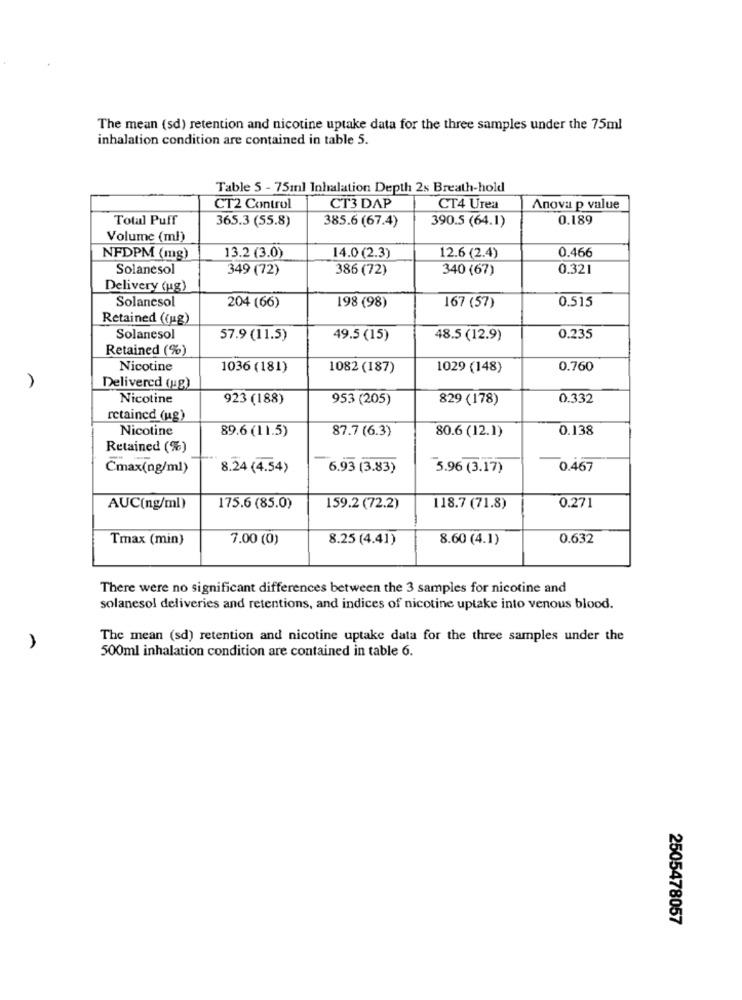
The mean (sd) retention and nicotine uptake data for the three samples under the 75ml
inhalation condition are contained in table 5.
Table 5 - 75ml Inhalation Depth 2s Breath-hold
CT2 Control
CT3 DAP
CT4 Urea
Anova p value
Total Puff
365.3 (55.8)
385.6 (67.4)
390.5 (64.1)
0.189
Volume (ml)
13.2 (3.0)
0.466
NFDPM (mg)
14.0 (2.3)
12.6 (2.4)
Solanesol
349 (72)
386 (72)
340 (67)
0.321
Delivery (ug)
Solanesol
0.515
204 (66)
198 (98)
167 (57)
Retained ((ug)
Solanesol
57.9 (11.5)
49.5 (15)
48.5 (12.9)
0.235
Retained (%)
Nicotine
1036 (181)
1082 (187)
1029 (148)
0.760
Delivered (up)
Nicotine
923 (188)
953 (205)
829 (178)
0.332
retained (ug)
Nicotine
89.6 (11.5)
87.7 (6.3)
0.138
80.6 (12.1)
Retained (%)
Cmax(ng/ml)
8.24 (4.54)
6.93 (3.83)
5.96 (3.17)
0.467
AUC(ng/ml)
175.6 (85.0)
159.2 (72.2)
118.7 (71.8)
0.271
Tmax (min)
7.00 (0)
8.25 (4.41)
8.60 (4.1)
0.632
There were no significant differences between the 3 samples for nicotine and
solanesol deliveries and retentions, and indices of nicotine uptake into venous blood.
The mean (sd) retention and nicotine uptake data for the three samples under the
500ml inhalation condition are contained in table 6.
2505478057